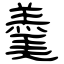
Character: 羮